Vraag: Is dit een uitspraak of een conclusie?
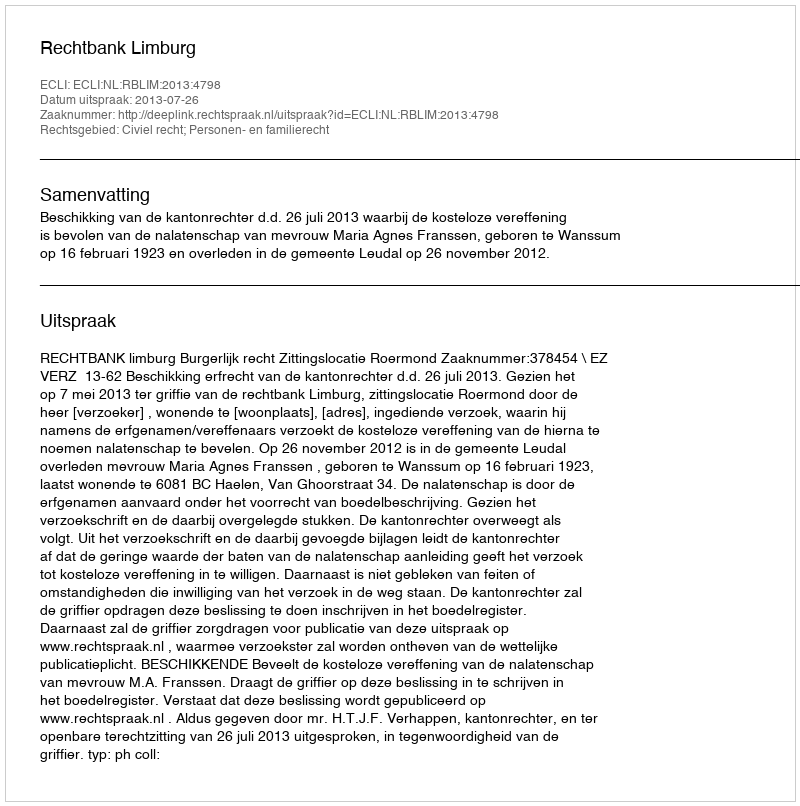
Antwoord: Uitspraak